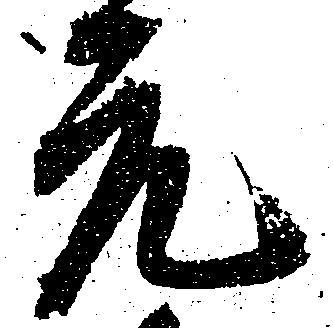
元